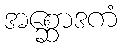
အစ္ဆောဒကံ